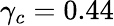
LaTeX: \gamma_{c}=0.44